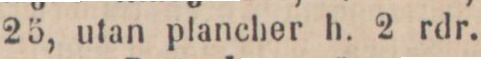
25, utan plancher h. 2 rdr.